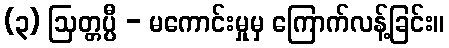
(၃) ဩတ္တပ္ပီ - မကောင်းမှုမှ ကြောက်လန့်ခြင်း။